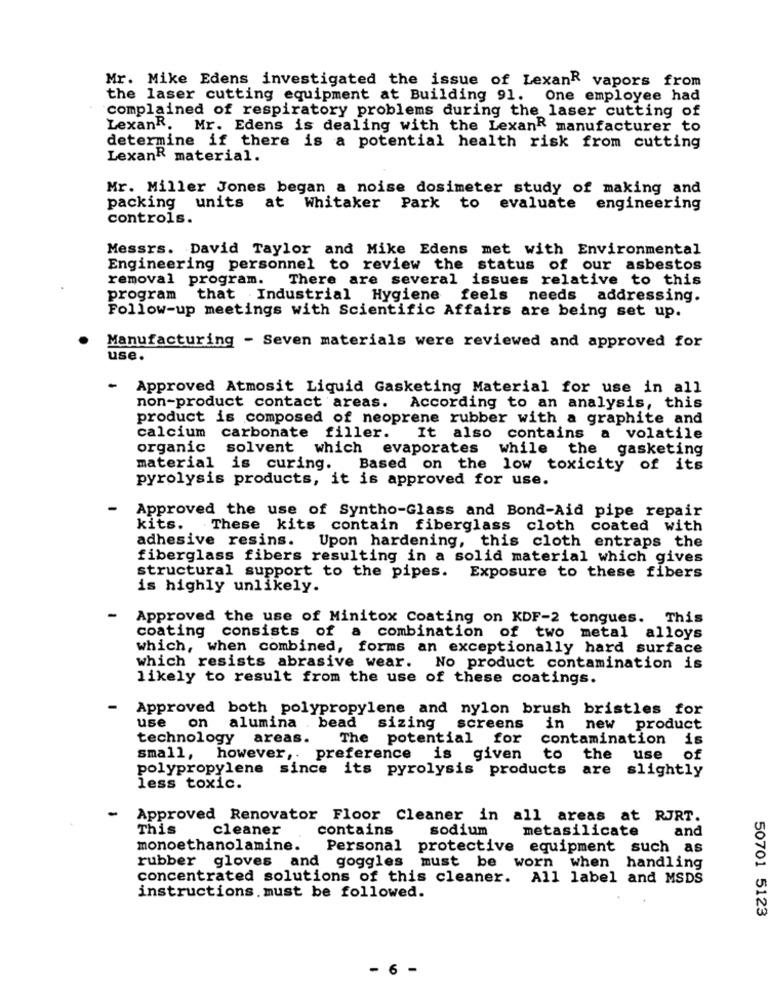
Mr. Mike Edens investigated the issue of LexanR vapors from
the laser cutting equipment at Building 91. One employee had
complained of respiratory problems during the laser cutting of
LexanR. Mr. Edens is dealing with the LexanR manufacturer to
determine if there is a potential health risk from cutting
LexanR material.
Mr. Miller Jones began a noise dosimeter study of making and
packing units at Whitaker Park to evaluate engineering
controls.
Messrs. David Taylor and Mike Edens met with Environmental
Engineering personnel to review the status of our asbestos
removal program. There are several issues relative to this
program that Industrial Hygiene feels needs addressing.
Follow-up meetings with Scientific Affairs are being set up.
Manufacturing - Seven materials were reviewed and approved for
use.
-
Approved Atmosit Liquid Gasketing Material for use in all
non-product contact areas. According to an analysis, this
product is composed of neoprene rubber with a graphite and
calcium
carbonate filler.
It also contains
volatile
organic
solvent which evaporates
while the gasketing
material is curing. Based on the low toxicity of its
pyrolysis products, it is approved for use.
-
Approved the use of Syntho-Glass and Bond-Aid pipe repair
kits. These kits contain fiberglass cloth coated with
adhesive resins. Upon hardening, this cloth entraps the
fiberglass fibers resulting in a solid material which gives
structural support to the pipes. Exposure to these fibers
is highly unlikely.
-
Approved the use of Minitox Coating on KDF-2 tongues. This
coating consists of a combination of two metal alloys
which, when combined, forms an exceptionally hard surface
which resists abrasive wear. No product contamination is
likely to result from the use of these coatings.
-
Approved both polypropylene and nylon brush bristles for
use
bead
on alumina
sizing screens
in new
product
technology
areas.
The potential for
contamination
is
of
small, however ,.
preference is given
to the use
polypropylene since its pyrolysis products are
slightly
less toxic.
-
Approved Renovator Floor Cleaner in all areas at RJRT.
This
cleaner
contains
sodium
metasilicate
and
monoethanolamine.
Personal protective equipment such as
rubber gloves and goggles must be worn when handling
concentrated solutions of this cleaner. All label and MSDS
instructions. must be followed.
50701 5123
- 6 -